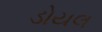
ડોયલ